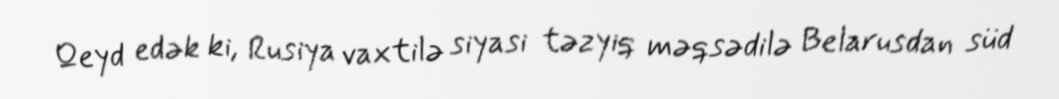
Qeyd edək ki, Rusiya vaxtilə siyasi təzyiq məqsədilə Belarusdan süd